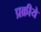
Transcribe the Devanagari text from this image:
प्रक्रीये